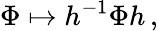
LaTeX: \Phi\mapsto h^{-1}\Phi h\, ,